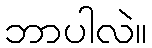
ဘာပါလဲ။